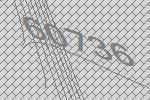
60736